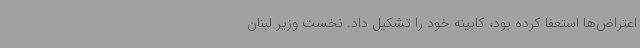
اعتراض‌ها استعفا کرده بود، کابینه خود را تشکیل داد. نخست وزیر لبنان